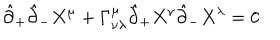
\hat { \partial } _ { + } \hat { \partial } _ { - } X ^ { \mu } + \Gamma _ { \nu \lambda } ^ { \mu } \hat { \partial } _ { + } X ^ { \nu } \hat { \partial } _ { - } X ^ { \lambda } = 0